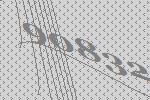
90832